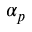
\alpha _ { p }